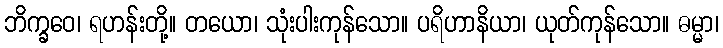
ဘိက္ခဝေ၊ ရဟန်းတို့။ တယော၊ သုံးပါးကုန်သော။ ပရိဟာနိယာ၊ ယုတ်ကုန်သော။ ဓမ္မာ၊